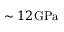
\sim 1 2 \mathrm { G P a }